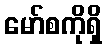
မော်စကိုရှိ